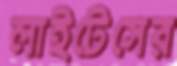
লাইটেসের